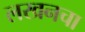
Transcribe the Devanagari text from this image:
लखनचा